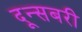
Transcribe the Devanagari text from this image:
दून्सबरी